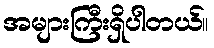
အများကြီးရှိပါတယ်။